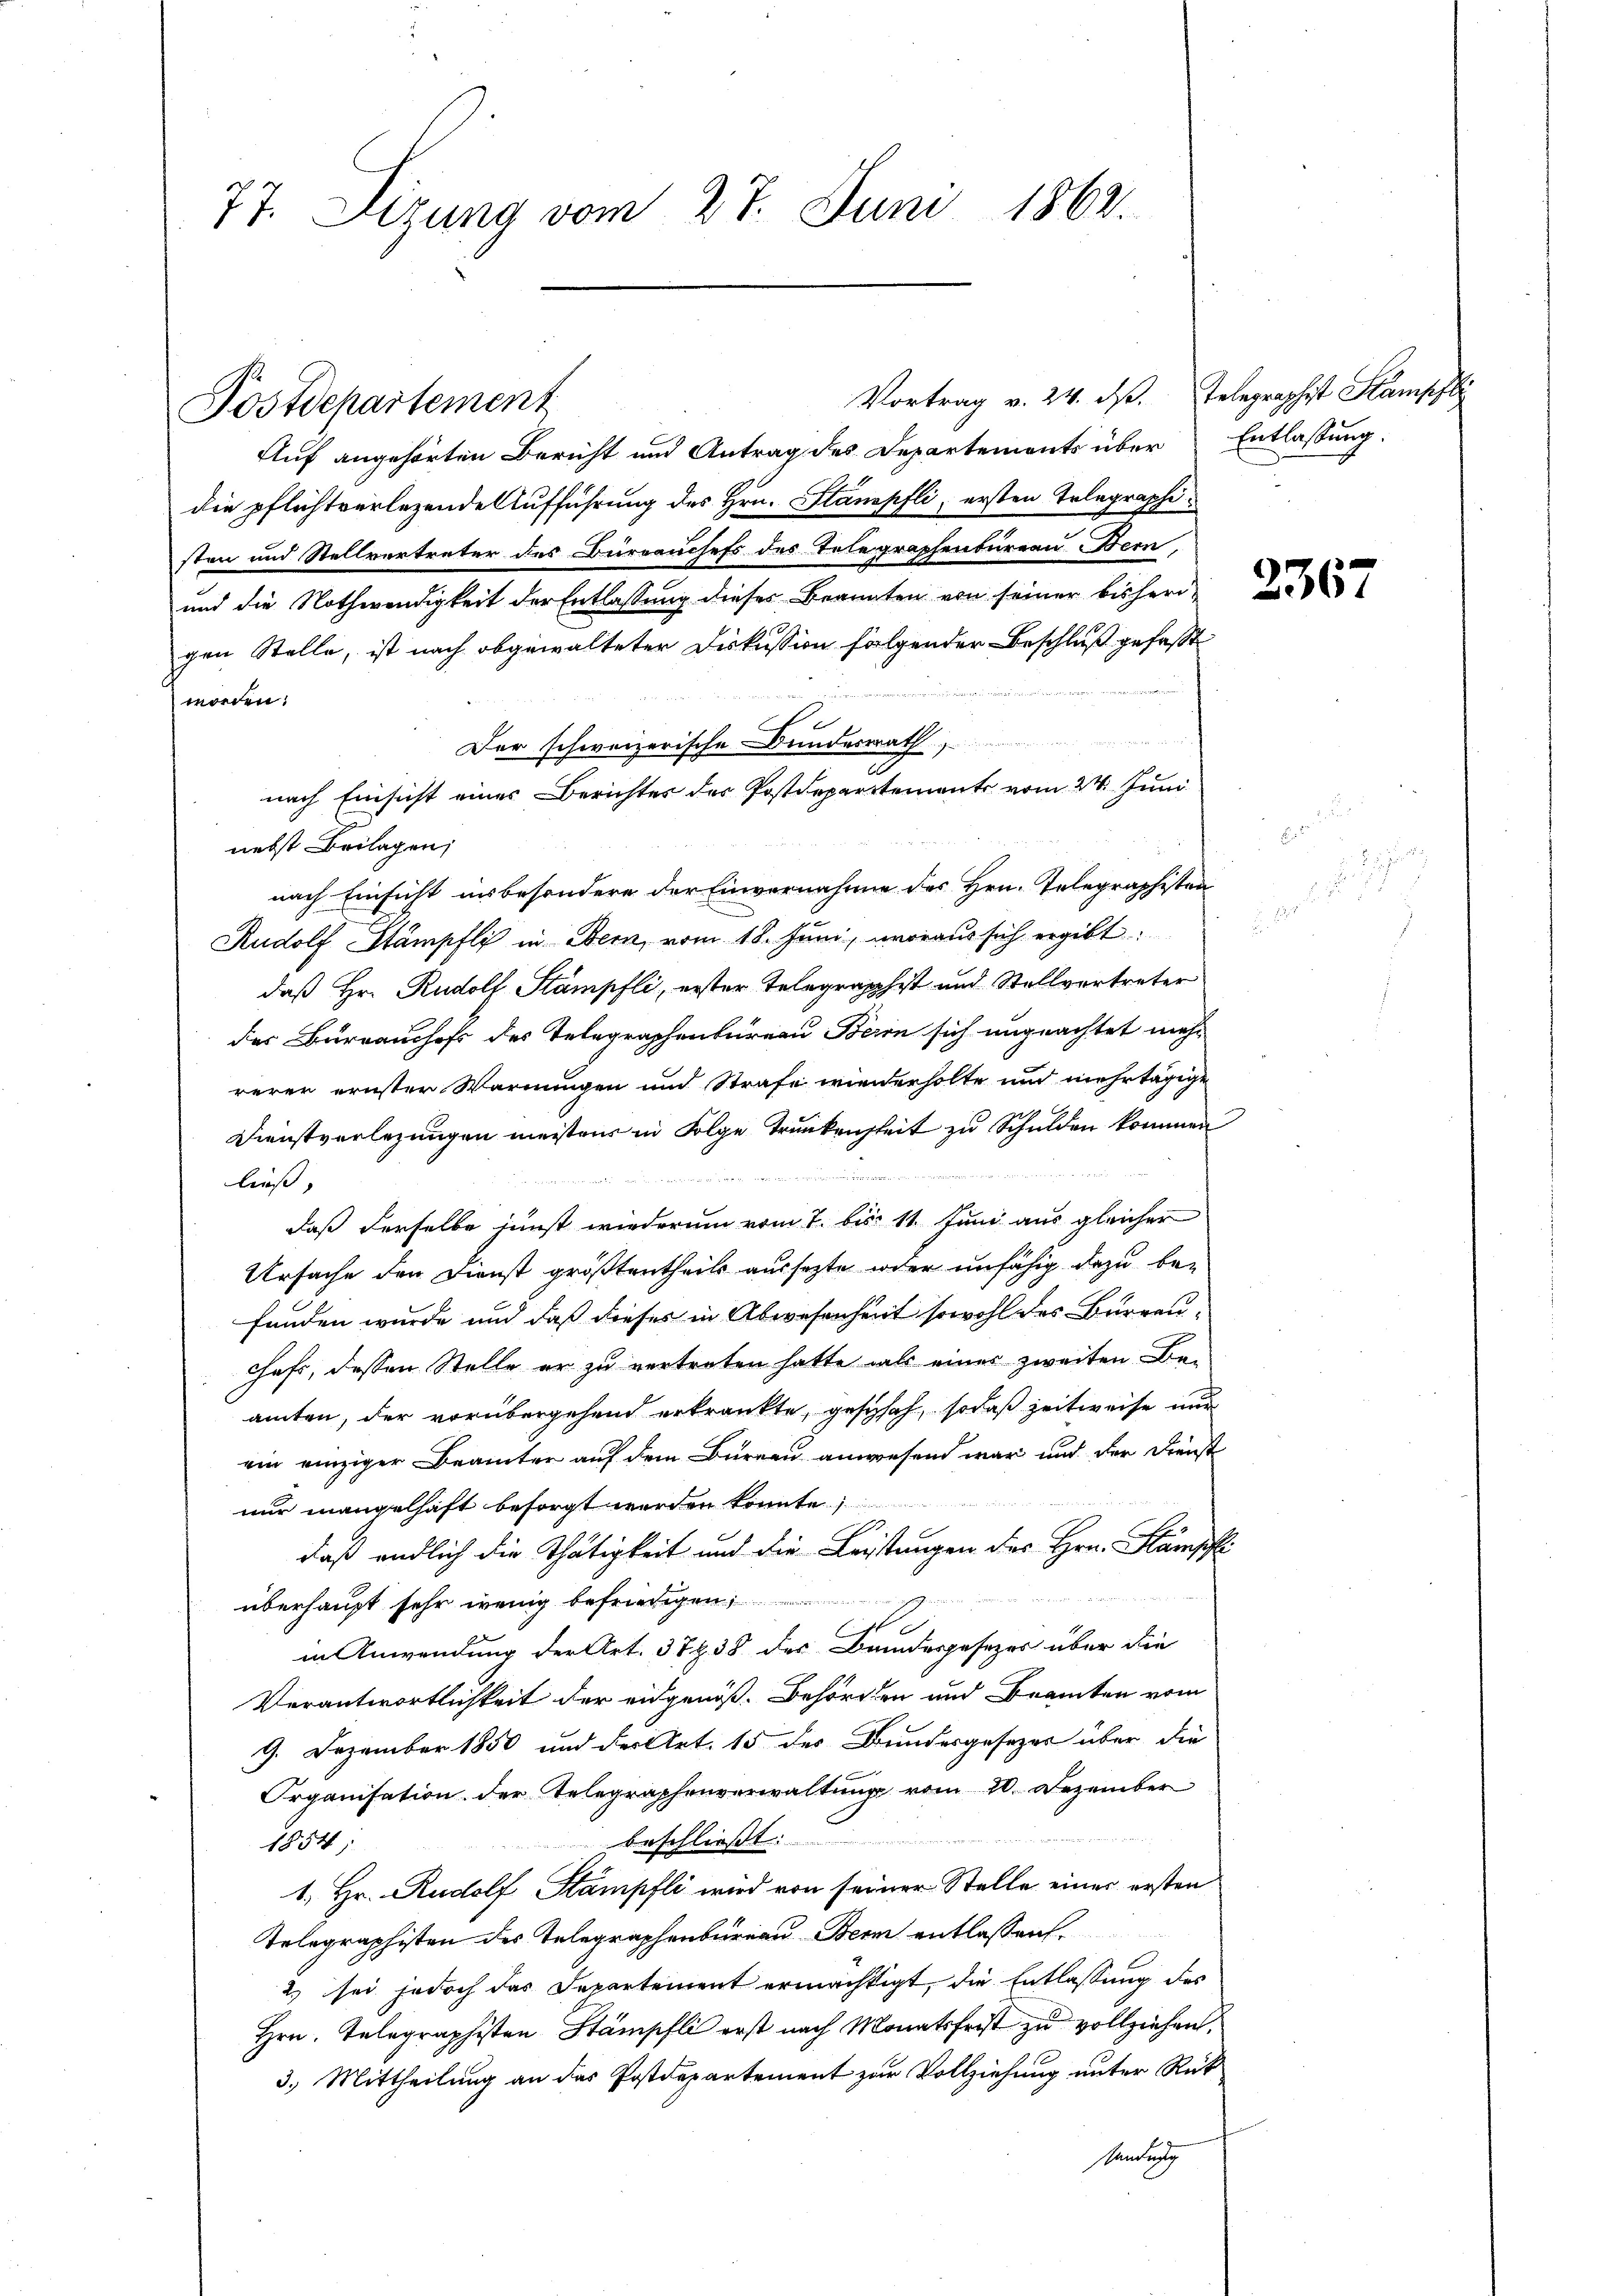
77. Sizung vom 27. Juni 1862.

Auf angehörten Bericht und Antrag des Departements über Entlassung:
die pflichtverlegende Aufführung des Hrn. Stampfli, ersten Telegraphisten und Stellvertreter des Dürranchefs des Telegraphenbureau Bern,
und die Nothwendigkeit der Entlassung dieses Beanten von seiner bisherigen Stelle, ist nach abgewalteter Diskussion folgender Beschluß gefasst
worden.
Der schweizerische Bundesrath
a
nach Einsicht eines Berichtes des Postdepartements vom 24. Juni
nebst Beilagen,
nach Einsicht insbesondere der Einvernahme des Hrn. Telegraphisten
Rudolf Stämpfli in Bern, vom 18. Juni, woraus sich ergibt:
daß Hr. Rudolf Stämpfli, erster Telegraphist und Stellvertreter
der Burrauchefs des Telegraphenbureau Bern sich ungeachtet mehr
rerer ernster Warnungen und Strafe wiederholte und mehrtägige
Dienstverlegungen meistens in Folge Trunkenheit zu Schulden kommen
2
ließ,
daß derselbe sunst wiederum vom 7. bis 11. Juni aus gleicher
Ursache den Dienst größtentheils aussetzte oder unfähig dazu be-
funden wurde und daß dieses in Abwesenheit sowohl des Bureau-
chaft, dessen Stelle er zu vertreten hatte als einer zweiten Be-
amten, der vorübergehend erkränkte, geschah, sodaß zeitweise nur
ein einziger Beamter auf dem Büreau anwesend war und der Dienst
nur mangelhaft besorgt werden konnte.
daß endlich die Thätigkeit und die Leistungen des Hrn. Stampfli
überhaupt sehr wenig befriedigen
in Anwendung der Art. 37 § 38 des Bandesgesezes über die
Verantwortlichkeit der eidgenöß. Behörden und Beamten vom
9. Dezember 1850 und der Art. 15 des Bundesgesezer über die
Organisation der Telegraphenverwaltung vom 20. Dezember
n
beschließt:
1854
1. Hr. Rudolf Stämpfli wird von seiner Stelle einer ersten
Telegraphisten des Telegraphenbureau Bern entlassen.
2) sei jedoch das Departement ermächtigt, die Entlassung des
Hrn. Telegraphisten Stämpfli erst nach Monatsfrist zu vollziehen.
3.) Mittheilung an das Postdepartement zur Vollziehung unter Rück¬
Sendung

Postdepartement

Vortrag v. 24. d. Telegraphist Stampfli

236.